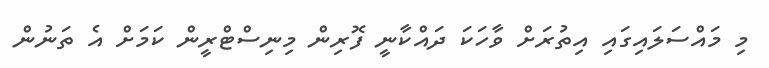
މި މައްސަލައިގައި އިތުރަށް ވާހަކަ ދައްކާނީ ފޮރިން މިނިސްޓްރީން ކަމަށް އެ ތަނުން